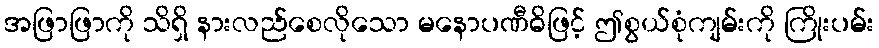
အဖြာဖြာကို သိရှိ နားလည်စေလိုသော မနောပဏီဓိဖြင့် ဤစွယ်စုံကျမ်းကို ကြိုးပမ်း